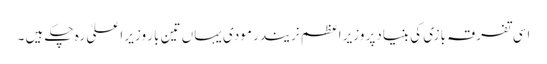
اسی تفرقہ بازی کی بنیادپر وزیر اعظم نریندر مودی یہاں تین بار وزیر ا علیٰ رہ چکے ہیں ۔